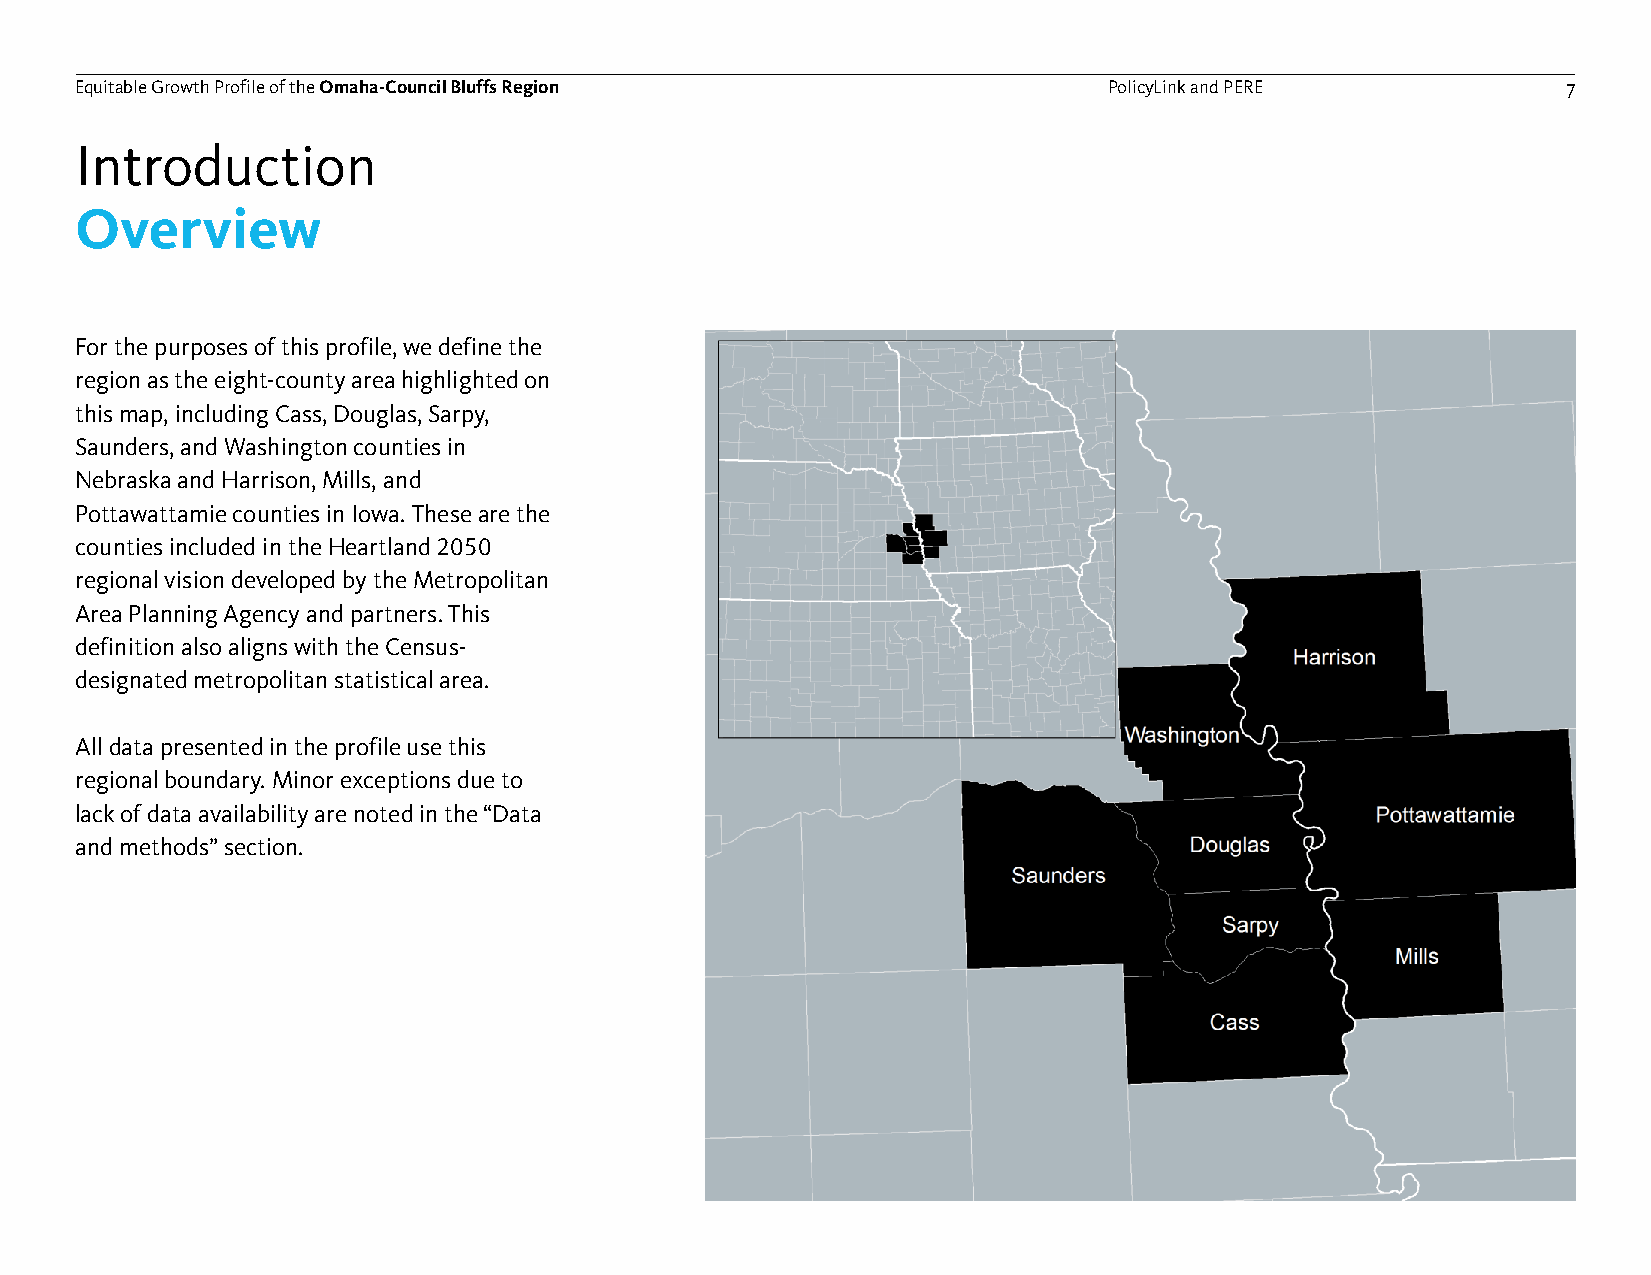
Equitable Growth Profile of theOmaha-Council Bluffs Region          PolicyLink and PERE            7
 Introduction
 Overview
 For the purposes of this profile, we define the
 region as the eight-county area highlighted on
 this map, including Cass, Douglas, Sarpy,
 Saunders, and Washington counties in
 Nebraska and Harrison, Mills, and
 Pottawattamie counties in Iowa. These are the
 counties included in the Heartland 2050
 regional vision developed by the Metropolitan
 Area Planning Agency and partners. This
 definition also aligns with the Census-
 designated metropolitan statistical area.
 All data presented in the profile use this
 regional boundary. Minor exceptions due to
 lack of data availability are noted in the “Data
 and methods” section.